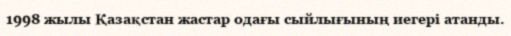
1998 жылы Қазақстан жастар одағы сыйлығының иегері атанды.